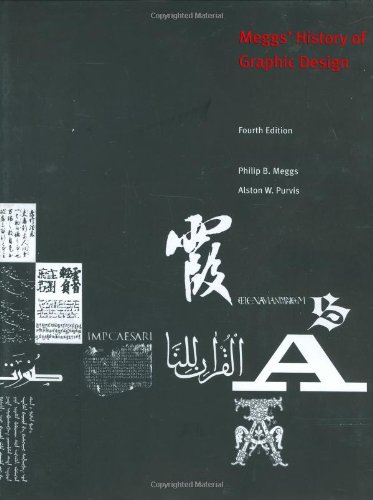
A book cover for Meggs' History of Graphic Design; Philip B. Meggs; Arts & Photography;